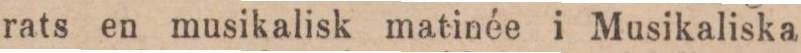
rats en musikalisk matinée i Musikaliska